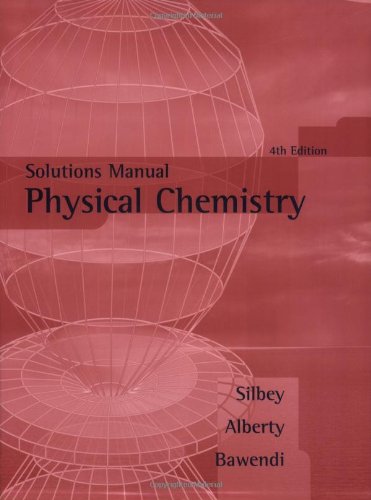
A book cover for Physical Chemistry, Solutions Manual; Robert J. Silbey; Science & Math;